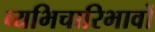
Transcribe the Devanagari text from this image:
व्यभिचारिभावों